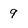
Character: 9